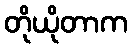
တိုယိုတာက